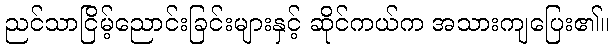
ညင်သာငြိမ့်ညောင်းခြင်းများနှင့် ဆိုင်ကယ်က အသားကျပြေး၏။